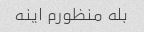
بله منظورم اینه